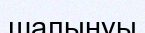
шалынуы